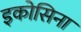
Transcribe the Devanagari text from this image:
इकोसिना